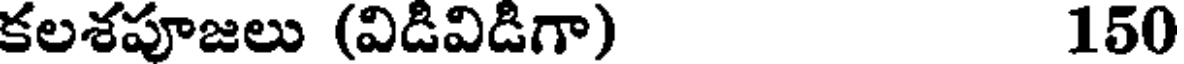
కలశపూజలు (విడివిడిగా) 150